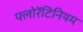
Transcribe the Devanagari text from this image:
फ्लोरेंटिनियम